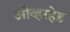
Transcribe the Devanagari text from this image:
ओव्हरहेड